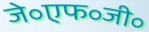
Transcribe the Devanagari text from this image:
जे॰एफ॰जी॰